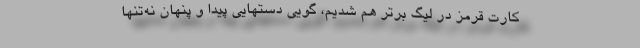
کارت قرمز در لیگ برتر هم شدیم، گویی دستهایی پیدا و پنهان نه‌تنها